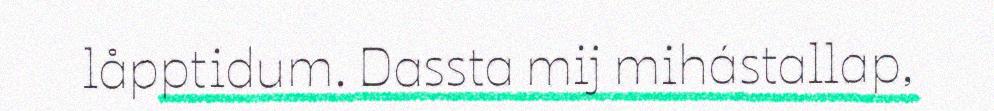
låpptidum. Dassta mij mihástallap,